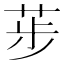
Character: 荹